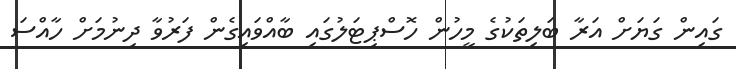
ގައިން ގަޔަށް އަރާ ބަލިތަކުގެ މީހުން ހޮސްޕިޓަލުގައި ބާއްވައިގެން ފަރުވާ ދިނުމަށް ހާއްސަ